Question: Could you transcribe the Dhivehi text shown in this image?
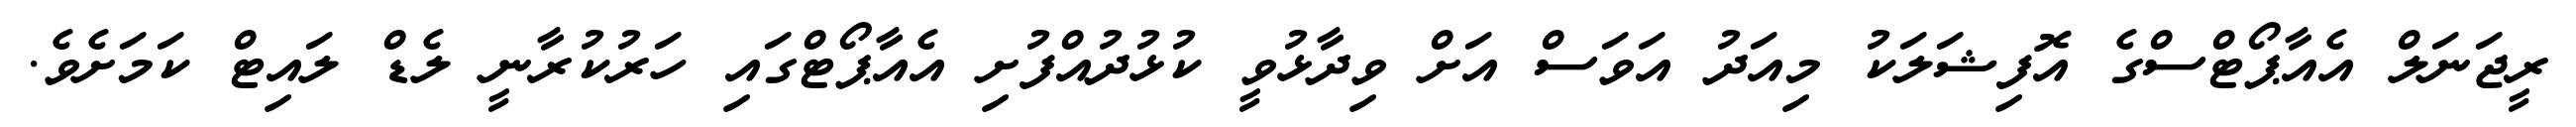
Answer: ރީޖަނަލް އެއާޕޯޓްސްގެ އޮފިޝަލަކު މިއަދު އަވަސް އަށް ވިދާޅުވީ ކުޅުދުއްފުށި އެއާޕޯޓްގައި ހަރުކުރާނީ ލެޑް ލައިޓް ކަމަށެވެ.